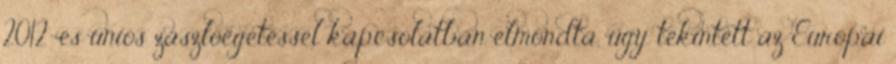
2012-es uniós zászlóégetéssel kapcsolatban elmondta, úgy tekintett az Európai